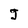
Character: J